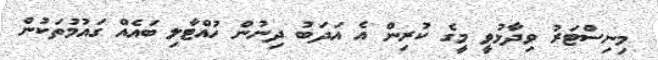
މިނިސްޓަރު ވިދާޅުވީ މީގެ ކުރިން އެ އަދަބު ދިނުން ހުއްޓާލި ބައެއް ގައުމުތަކުން